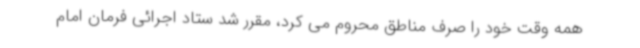
همه وقت خود را صرف مناطق محروم می کرد، مقرر شد ستاد اجرائی فرمان امام